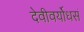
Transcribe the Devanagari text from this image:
देवीवर्योधसं